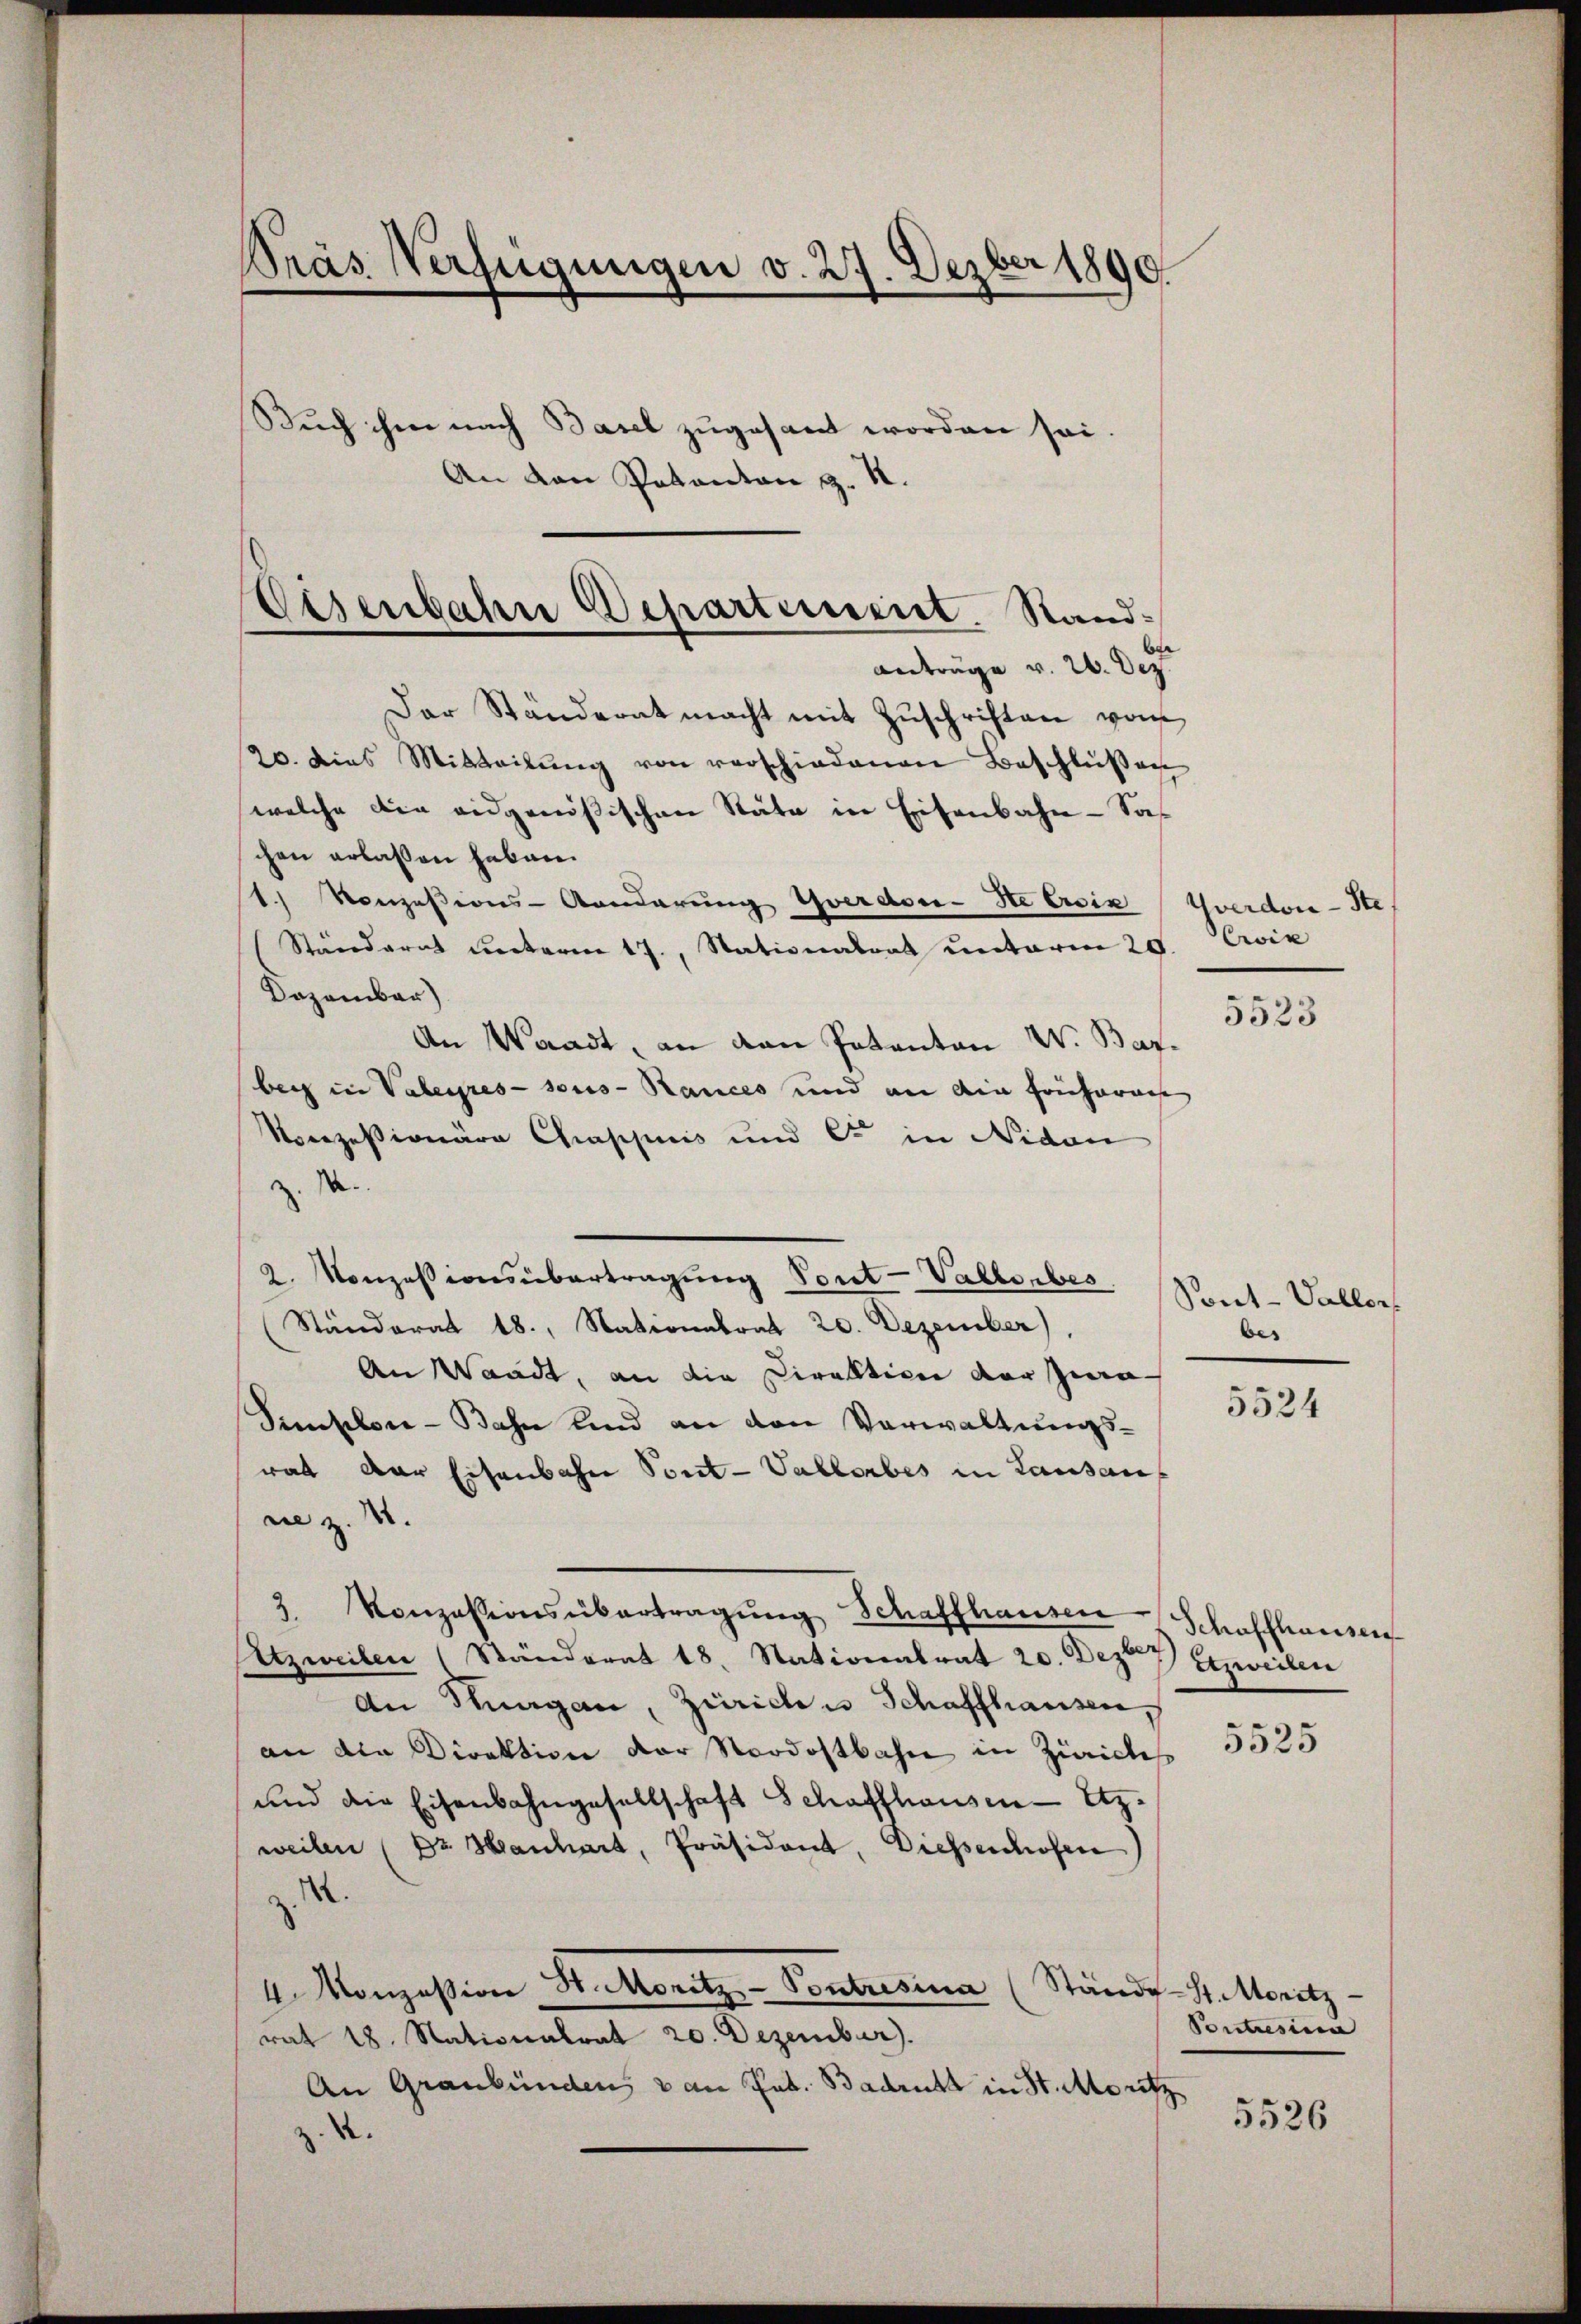
Präs. Verfügungen v. 27. Dezber 1890.
Buch ihm nach Basel zugesant worden sei.
An den Potanton z. R.

Der Ständerat macht mit Zŭschriften vom
20. dies Mitteilŭng von verschiedenen Beschlüßen
welche die eidgenößischen Stäte in Eisenbahn - Sas
chen erlassen haben.
1) Konzesions-Aandarŭng Yverdon-Ste Ersix (Yverdor-Ste
Ständerat unterm 17., Stationalrat unterm 20. Civiz
Dezember)
An Waadt, an den Patanton W. Barbei in Valeyres sous-Rances und an die Frücherage
Norozessionäre Chappuis und er in Nidau
z. S.
2. Konzessionsübertragung Pont-Valle bes
(Ständerat 18. Nationalrat 20. Dezember)
An Waadt, an die Direktion vor zwa
Simpler-Bahn und an den Verwaltungsrat der Eisenbahn Pont-Vallorbes in Lausanf
nie z. B.
3. Konzessionsübertragŭng Schaffhauser Schaffhausen
Atzweilen (Ständerat 18. Stationalrat 20. Dezes Erzweilen
An Thurgau, Zürich u Schaffhausen,
an die Direktion der Nordostbahn in Züriches
und die Eisenbahngesellschaft Schaffhausen - Etz.
weilen (Dr. Hanhart, Präsident, Diesenhofen
z. S.
4 Monzesion St. Moritz-Voutresia (Stände-St. Moritz
rat 18. Nationalrat 20. Dezember).
An Graubünden, & an Joh. Badritt in St. Moritz
z. d.

Eisenbahn Departement. Standanträge v. 26. Dez

5523

Sont-Vallor
bes

5524

5525

Contresia

5526